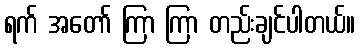
ရက် အတော် ကြာ ကြာ တည်းချင်ပါတယ်။